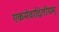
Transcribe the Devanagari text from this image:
एकमेवाद्वितीयम्‌